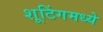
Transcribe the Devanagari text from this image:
शूटिंगमध्ये